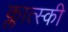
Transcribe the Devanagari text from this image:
क्लात्स्की